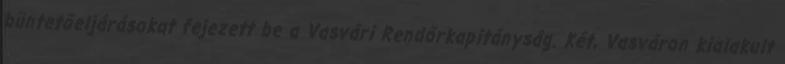
büntetőeljárásokat fejezett be a Vasvári Rendőrkapitányság. Két, Vasváron kialakult